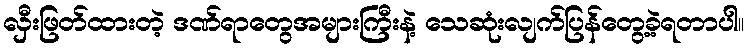
လှီးဖြတ်ထားတဲ့ ဒဏ်ရာတွေအများကြီးနဲ့ သေဆုံးလျက်ပြန်တွေ့ခဲ့ရတာပါ။